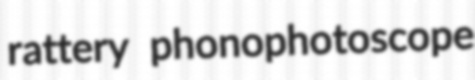
rattery phonophotoscope